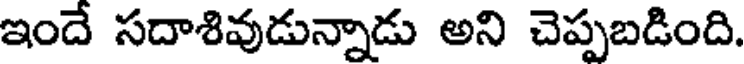
ఇందే సదాశివుడున్నాడు అని చెప్పబడింది.